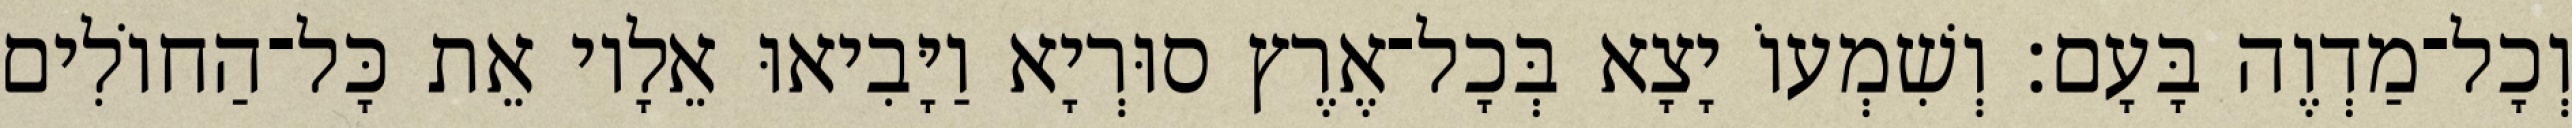
וְכָל־מַדְוֶה בָּעָם׃ וְשִׁמְעוֹ יָצָא בְּכָל־אֶרֶץ סוּרְיָא וַיָּבִיאוּ אֵלָיו אֵת כָּל־הַחוֹלִים